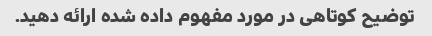
توضیح کوتاهی در مورد مفهوم داده شده ارائه دهید.